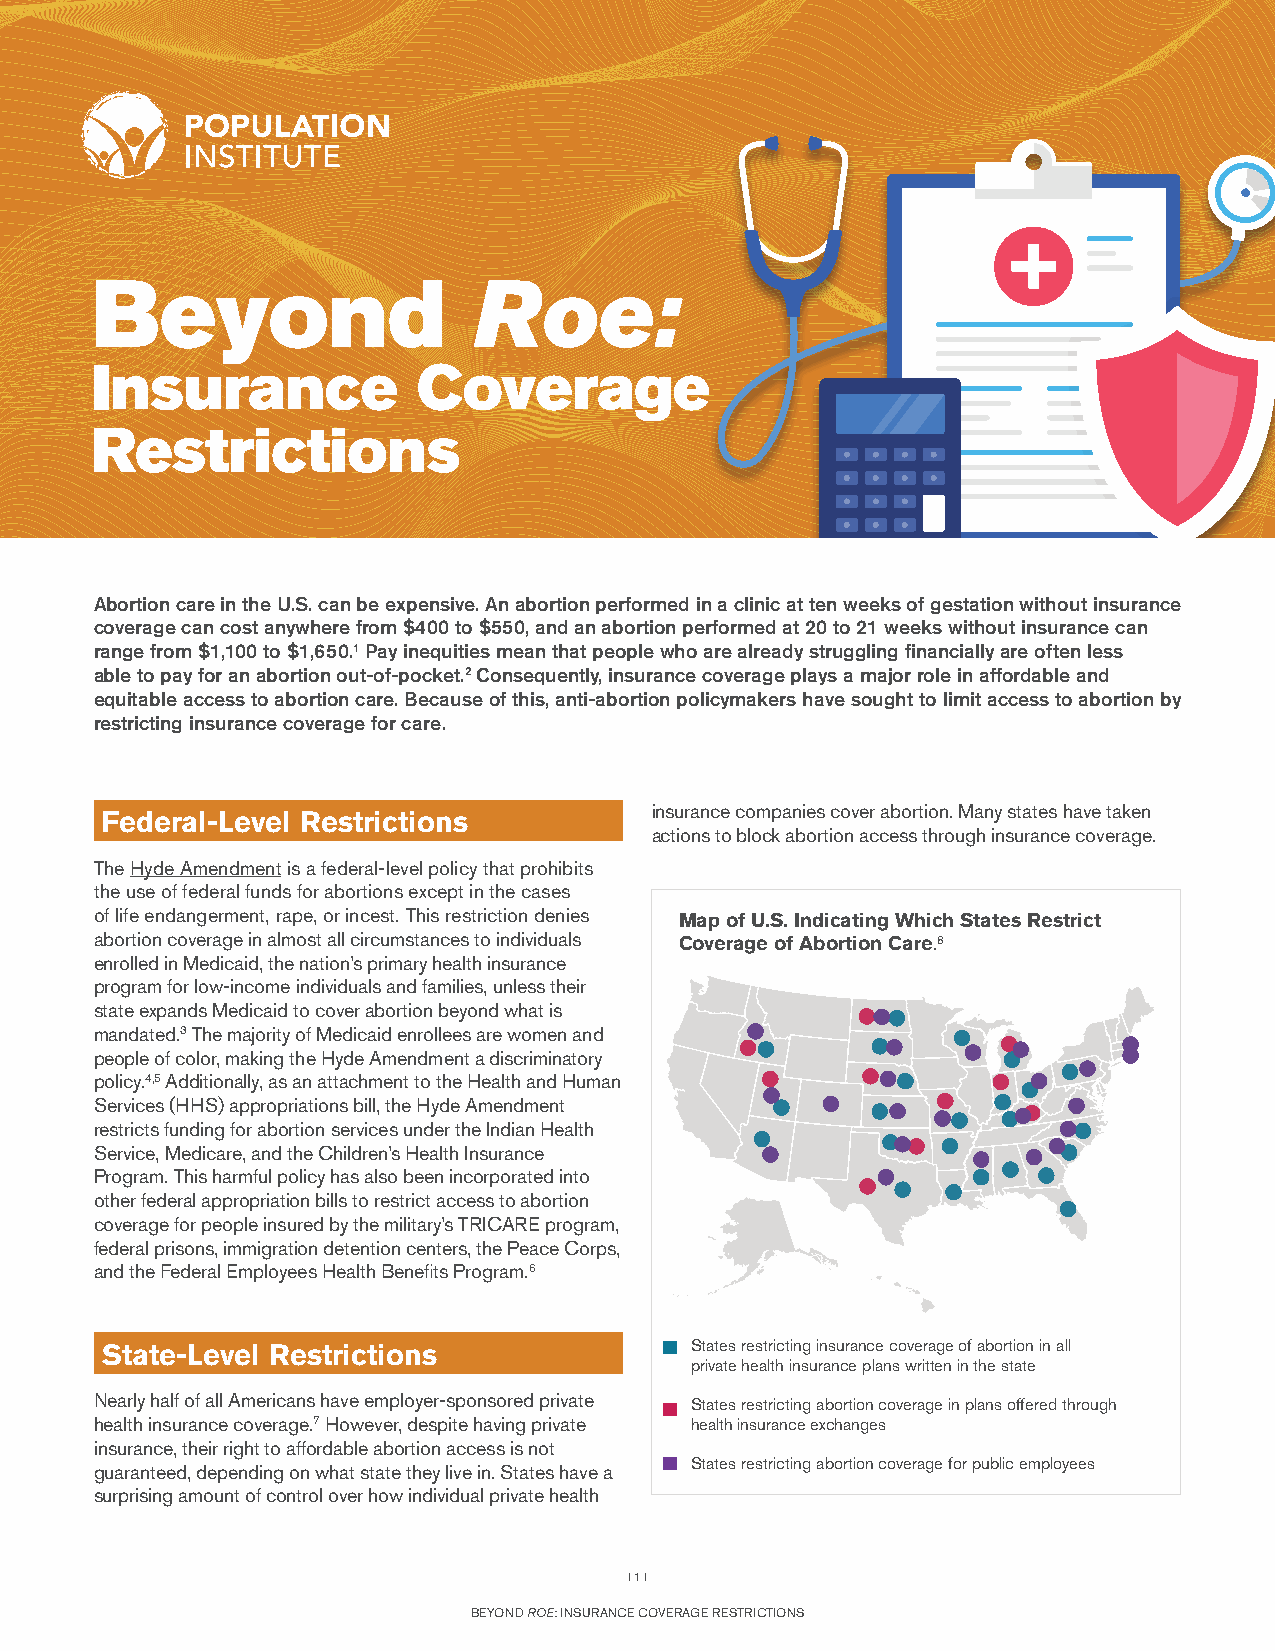
Beyond                   Roe:
 Insurance             Coverage
 Restrictions
 Abortion care in the U.S. can be expensive. An abortion performed in a clinic at ten weeks of gestation without insurance
 coverage can cost anywhere from $400 to $550, and an abortion performed at 20 to 21 weeks without insurance can
 range from $1,100 to $1,650.1 Pay inequities mean that people who are already struggling financially are often less
 able to pay for an abortion out-of-pocket.2 Consequently, insurance coverage plays a major role in affordable and
 equitable access to abortion care. Because of this, anti-abortion policymakers have sought to limit access to abortion by
 restricting insurance coverage for care.
 insurance companies cover abortion. Many states have taken
 Federal-Level Restrictions
 actions to block abortion access through insurance coverage.
 The Hyde Amendment is a federal-level policy that prohibits
 the use of federal funds for abortions except in the cases
 of life endangerment, rape, or incest. This restriction denies Map of U.S. Indicating Which States Restrict
 abortion coverage in almost all circumstances to individuals Coverage of Abortion Care.8
 enrolled in Medicaid, the nation’s primary health insurance
 program for low-income individuals and families, unless their
 state expands Medicaid to cover abortion beyond what is
 mandated.3 The majority of Medicaid enrollees are women and
 people of color, making the Hyde Amendment a discriminatory
 policy.4,5 Additionally, as an attachment to the Health and Human
 Services (HHS) appropriations bill, the Hyde Amendment
 restricts funding for abortion services under the Indian Health
 Service, Medicare, and the Children’s Health Insurance
 Program. This harmful policy has also been incorporated into
 other federal appropriation bills to restrict access to abortion
 coverage for people insured by the military’s TRICARE program,
 federal prisons, immigration detention centers, the Peace Corps,
 and the Federal Employees Health Benefits Program.6
 State-Level Restrictions               States restricting insurance coverage of abortion in all
 private health insurance plans written in the state
 Nearly half of all Americans have employer-sponsored private States restricting abortion coverage in plans offered through
 health insurance coverage.7 However, despite having private health insurance exchanges
 insurance, their right to affordable abortion access is not
 States restricting abortion coverage for public employees
 guaranteed, depending on what state they live in. States have a
 surprising amount of control over how individual private health
 I 1 I
 BEYOND ROE: INSURANCE COVERAGE RESTRICTIONS